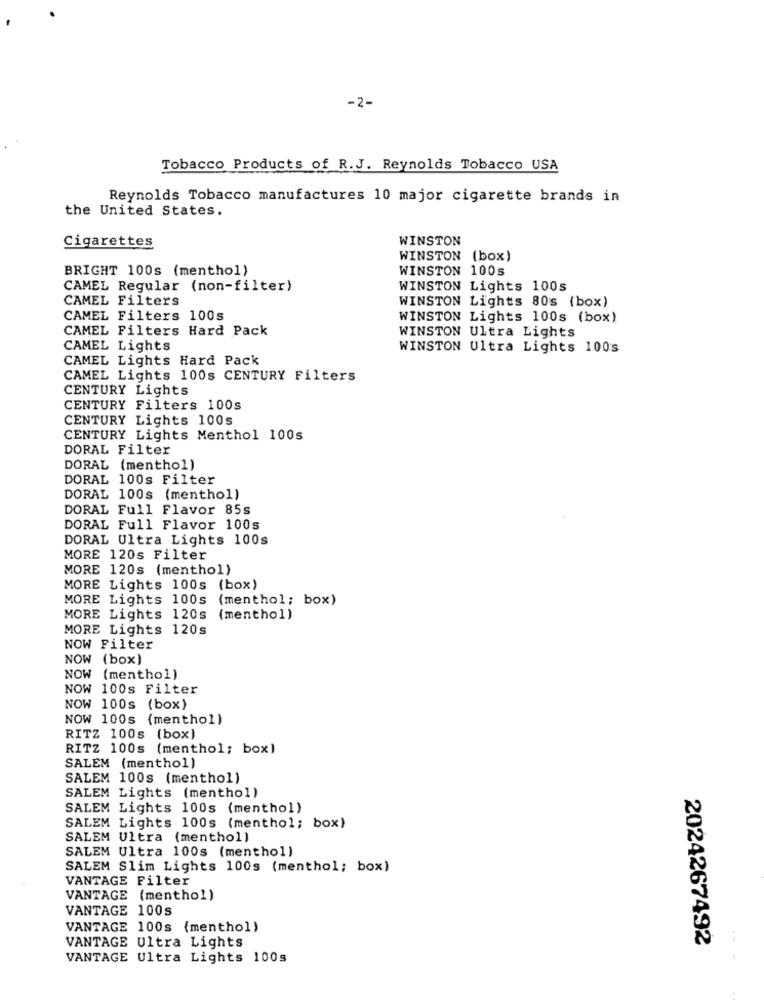
-2-
Tobacco Products of R.J. Reynolds Tobacco USA
Reynolds Tobacco manufactures 10 major cigarette brands in
the United States.
WINSTON
Cigarettes
WINSTON (box)
BRIGHT 100s (menthol)
WINSTON 100s
CAMEL Regular (non-filter)
WINSTON Lights 100s
CAMEL Filters
WINSTON Lights 80s (box)
CAMEL Filters 100s
WINSTON Lights 100s (box)
CAMEL Filters Hard Pack
WINSTON Ultra Lights
CAMEL Lights
WINSTON Ultra Lights 100s
CAMEL Lights Hard Pack
CAMEL Lights 100s CENTURY Filters
CENTURY Lights
CENTURY Filters 100s
CENTURY Lights 100s
CENTURY Lights Menthol 100s
DORAL Filter
DORAL (menthol)
DORAL 100s Filter
DORAL 100s (menthol)
DORAL Full Flavor 85s
DORAL Full Flavor 100s
DORAL Ultra Lights 100s
MORE 120s Filter
MORE 120s (menthol)
MORE Lights 100s (box)
MORE Lights 100s
(menthol; box)
MORE Lights 120s (menthol)
MORE Lights 120s
NOW Filter
NOW (box)
NOW (menthol)
NOW 100s Filter
NOW 100s (box)
NOW 100s (menthol)
RITZ 100s (box)
RITZ 100s (menthol; box)
SALEM (menthol)
SALEM 100s (menthol)
SALEM Lights (menthol)
SALEM Lights 100s (menthol)
SALEM Lights 100s (menthol; box)
SALEM Ultra (menthol)
SALEM Ultra 100s (menthol)
SALEM Slim Lights 100s (menthol; box)
VANTAGE Filter
VANTAGE (menthol)
VANTAGE 100s
VANTAGE 100s (menthol)
VANTAGE Ultra Lights
2024267492
VANTAGE Ultra Lights 100s